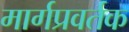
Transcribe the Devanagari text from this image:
मार्गप्रवर्तक